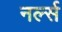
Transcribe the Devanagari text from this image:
नर्ल्स